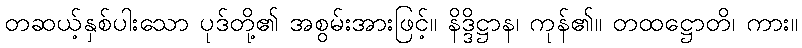
တဆယ့်နှစ်ပါးသော ပုဒ်တို့၏ အစွမ်းအားဖြင့်။ နိဒ္ဒိဋ္ဌာန၊ ကုန်၏။ တထဋ္ဌောတိ၊ ကား။